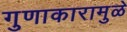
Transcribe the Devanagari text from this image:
गुणाकारामुळे